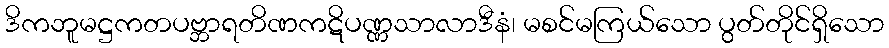
ဒိကဘူမဋ္ဌကတပဗ္ဘာရတိဏကဋိပဏ္ဏသာလာဒီနံ၊ မစင်မကြယ်သော ပွတ်တိုင်ရှိသော